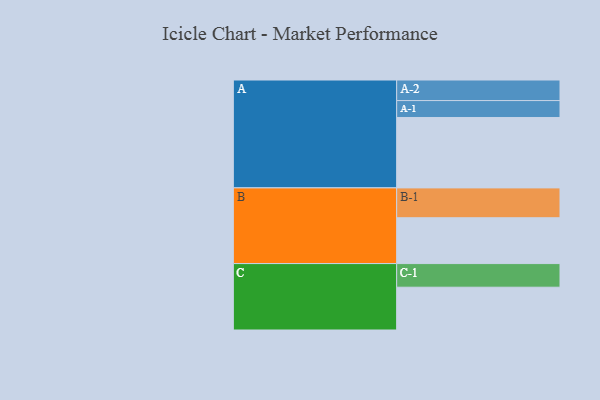
{"axis": {"x": "Segment", "y": "Value"}, "legend": ["", "A", "B", "C"], "data": [{"x": "A", "y": 599, "type": ""}, {"x": "B", "y": 390, "type": ""}, {"x": "C", "y": 364, "type": ""}, {"x": "A-1", "y": 144, "type": "A"}, {"x": "A-2", "y": 175, "type": "A"}, {"x": "B-1", "y": 254, "type": "B"}, {"x": "C-1", "y": 201, "type": "C"}]}